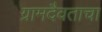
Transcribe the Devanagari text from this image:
ग्रामदैवताचा